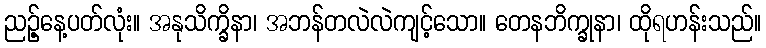
ညဉ့်နေ့ပတ်လုံး။ အနုသိက္ခိနာ၊ အဘန်တလဲလဲကျင့်သော။ တေနဘိက္ခုနာ၊ ထိုရဟန်းသည်။